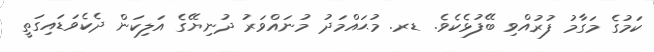
ކަމުގެ މަގާމު ފުރުއްވި ބޭފުޅެކެވެ. ޑރ. މުޙައްމަދު މުނައްވަރު ދުނިޔޭގެ އަލިކަން ދެކެވަޑައިގަތީ